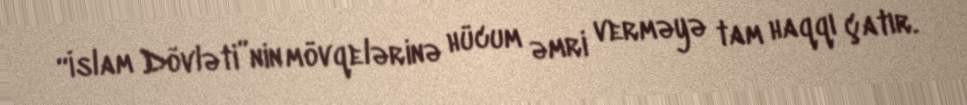
“İslam Dövləti”nin mövqelərinə hücum əmri verməyə tam haqqı çatır.